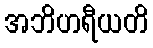
အဘိဟရီယတိ